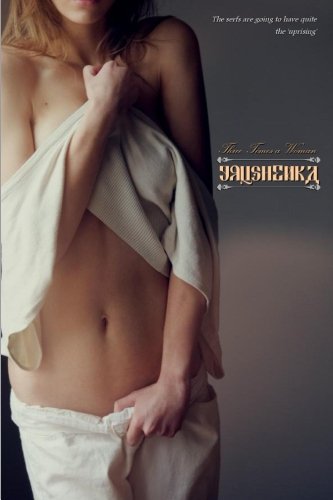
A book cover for Grushenka: or; Three Times a Woman; Anonymous; Romance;